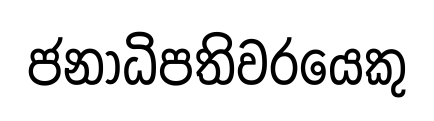
ජනාධිපතිවරයෙකු